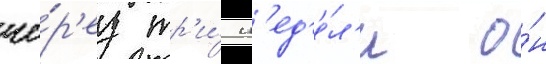
че́р'ез тр'и́ н'ед'е́л'и о́н